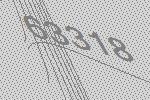
63318